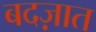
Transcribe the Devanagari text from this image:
बदज़ात